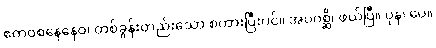
ဧကဝစနေနေဝ၊ တစ်ခွန်းတည်းသော စကားပြီးပင်။ အပဂစ္ဆိ၊ ဖယ်ပြီ။ ပုန၊ ပေ။